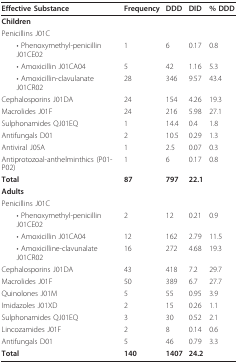
<table><thead><tr><td><b>Effective Substance</b></td><td><b>Frequency</b></td><td><b>DDD</b></td><td><b>DID</b></td><td><b>% DDD</b></td></tr></thead><tbody><tr><td><b>Children</b></td><td></td><td></td><td></td><td></td></tr><tr><td>Penicillins J01C</td><td></td><td></td><td></td><td></td></tr><tr><td> • Phenoxymethyl-penicillin J01CE02</td><td>1</td><td>6</td><td>0.17</td><td>0.8</td></tr><tr><td> • Amoxicillin J01CA04</td><td>5</td><td>42</td><td>1.16</td><td>5.3</td></tr><tr><td> • Amoxicillin-clavulanate J01CR02</td><td>28</td><td>346</td><td>9.57</td><td>43.4</td></tr><tr><td>Cephalosporins J01DA</td><td>24</td><td>154</td><td>4.26</td><td>19.3</td></tr><tr><td>Macrolides J01F</td><td>24</td><td>216</td><td>5.98</td><td>27.1</td></tr><tr><td>Sulphonamides QJ01EQ</td><td>1</td><td>14.4</td><td>0.4</td><td>1.8</td></tr><tr><td>Antifungals D01</td><td>2</td><td>10.5</td><td>0.29</td><td>1.3</td></tr><tr><td>Antiviral J05A</td><td>1</td><td>2.5</td><td>0.07</td><td>0.3</td></tr><tr><td>Antiprotozoal-anthelminthics (P01-P02)</td><td>1</td><td>6</td><td>0.17</td><td>0.8</td></tr><tr><td><b>Total</b></td><td><b>87</b></td><td><b>797</b></td><td><b>22.1</b></td><td></td></tr><tr><td><b>Adults</b></td><td></td><td></td><td></td><td></td></tr><tr><td>Penicillins J01C</td><td></td><td></td><td></td><td></td></tr><tr><td> • Phenoxymethyl-penicillin J01CE02</td><td>2</td><td>12</td><td>0.21</td><td>0.9</td></tr><tr><td> • Amoxicillin J01CA04</td><td>12</td><td>162</td><td>2.79</td><td>11.5</td></tr><tr><td> • Amoxicilline-clavunalate J01CR02</td><td>16</td><td>272</td><td>4.68</td><td>19.3</td></tr><tr><td>Cephalosporins J01DA</td><td>43</td><td>418</td><td>7.2</td><td>29.7</td></tr><tr><td>Macrolides J01F</td><td>50</td><td>389</td><td>6.7</td><td>27.7</td></tr><tr><td>Quinolones J01M</td><td>5</td><td>55</td><td>0.95</td><td>3.9</td></tr><tr><td>Imidazoles J01XD</td><td>2</td><td>15</td><td>0.26</td><td>1.1</td></tr><tr><td>Sulphonamides QJ01EQ</td><td>3</td><td>30</td><td>0.52</td><td>2.1</td></tr><tr><td>Lincozamides J01F</td><td>2</td><td>8</td><td>0.14</td><td>0.6</td></tr><tr><td>Antifungals D01</td><td>5</td><td>46</td><td>0.79</td><td>3.3</td></tr><tr><td><b>Total</b></td><td><b>140</b></td><td><b>1407</b></td><td><b>24.2</b></td><td></td></tr></tbody></table>